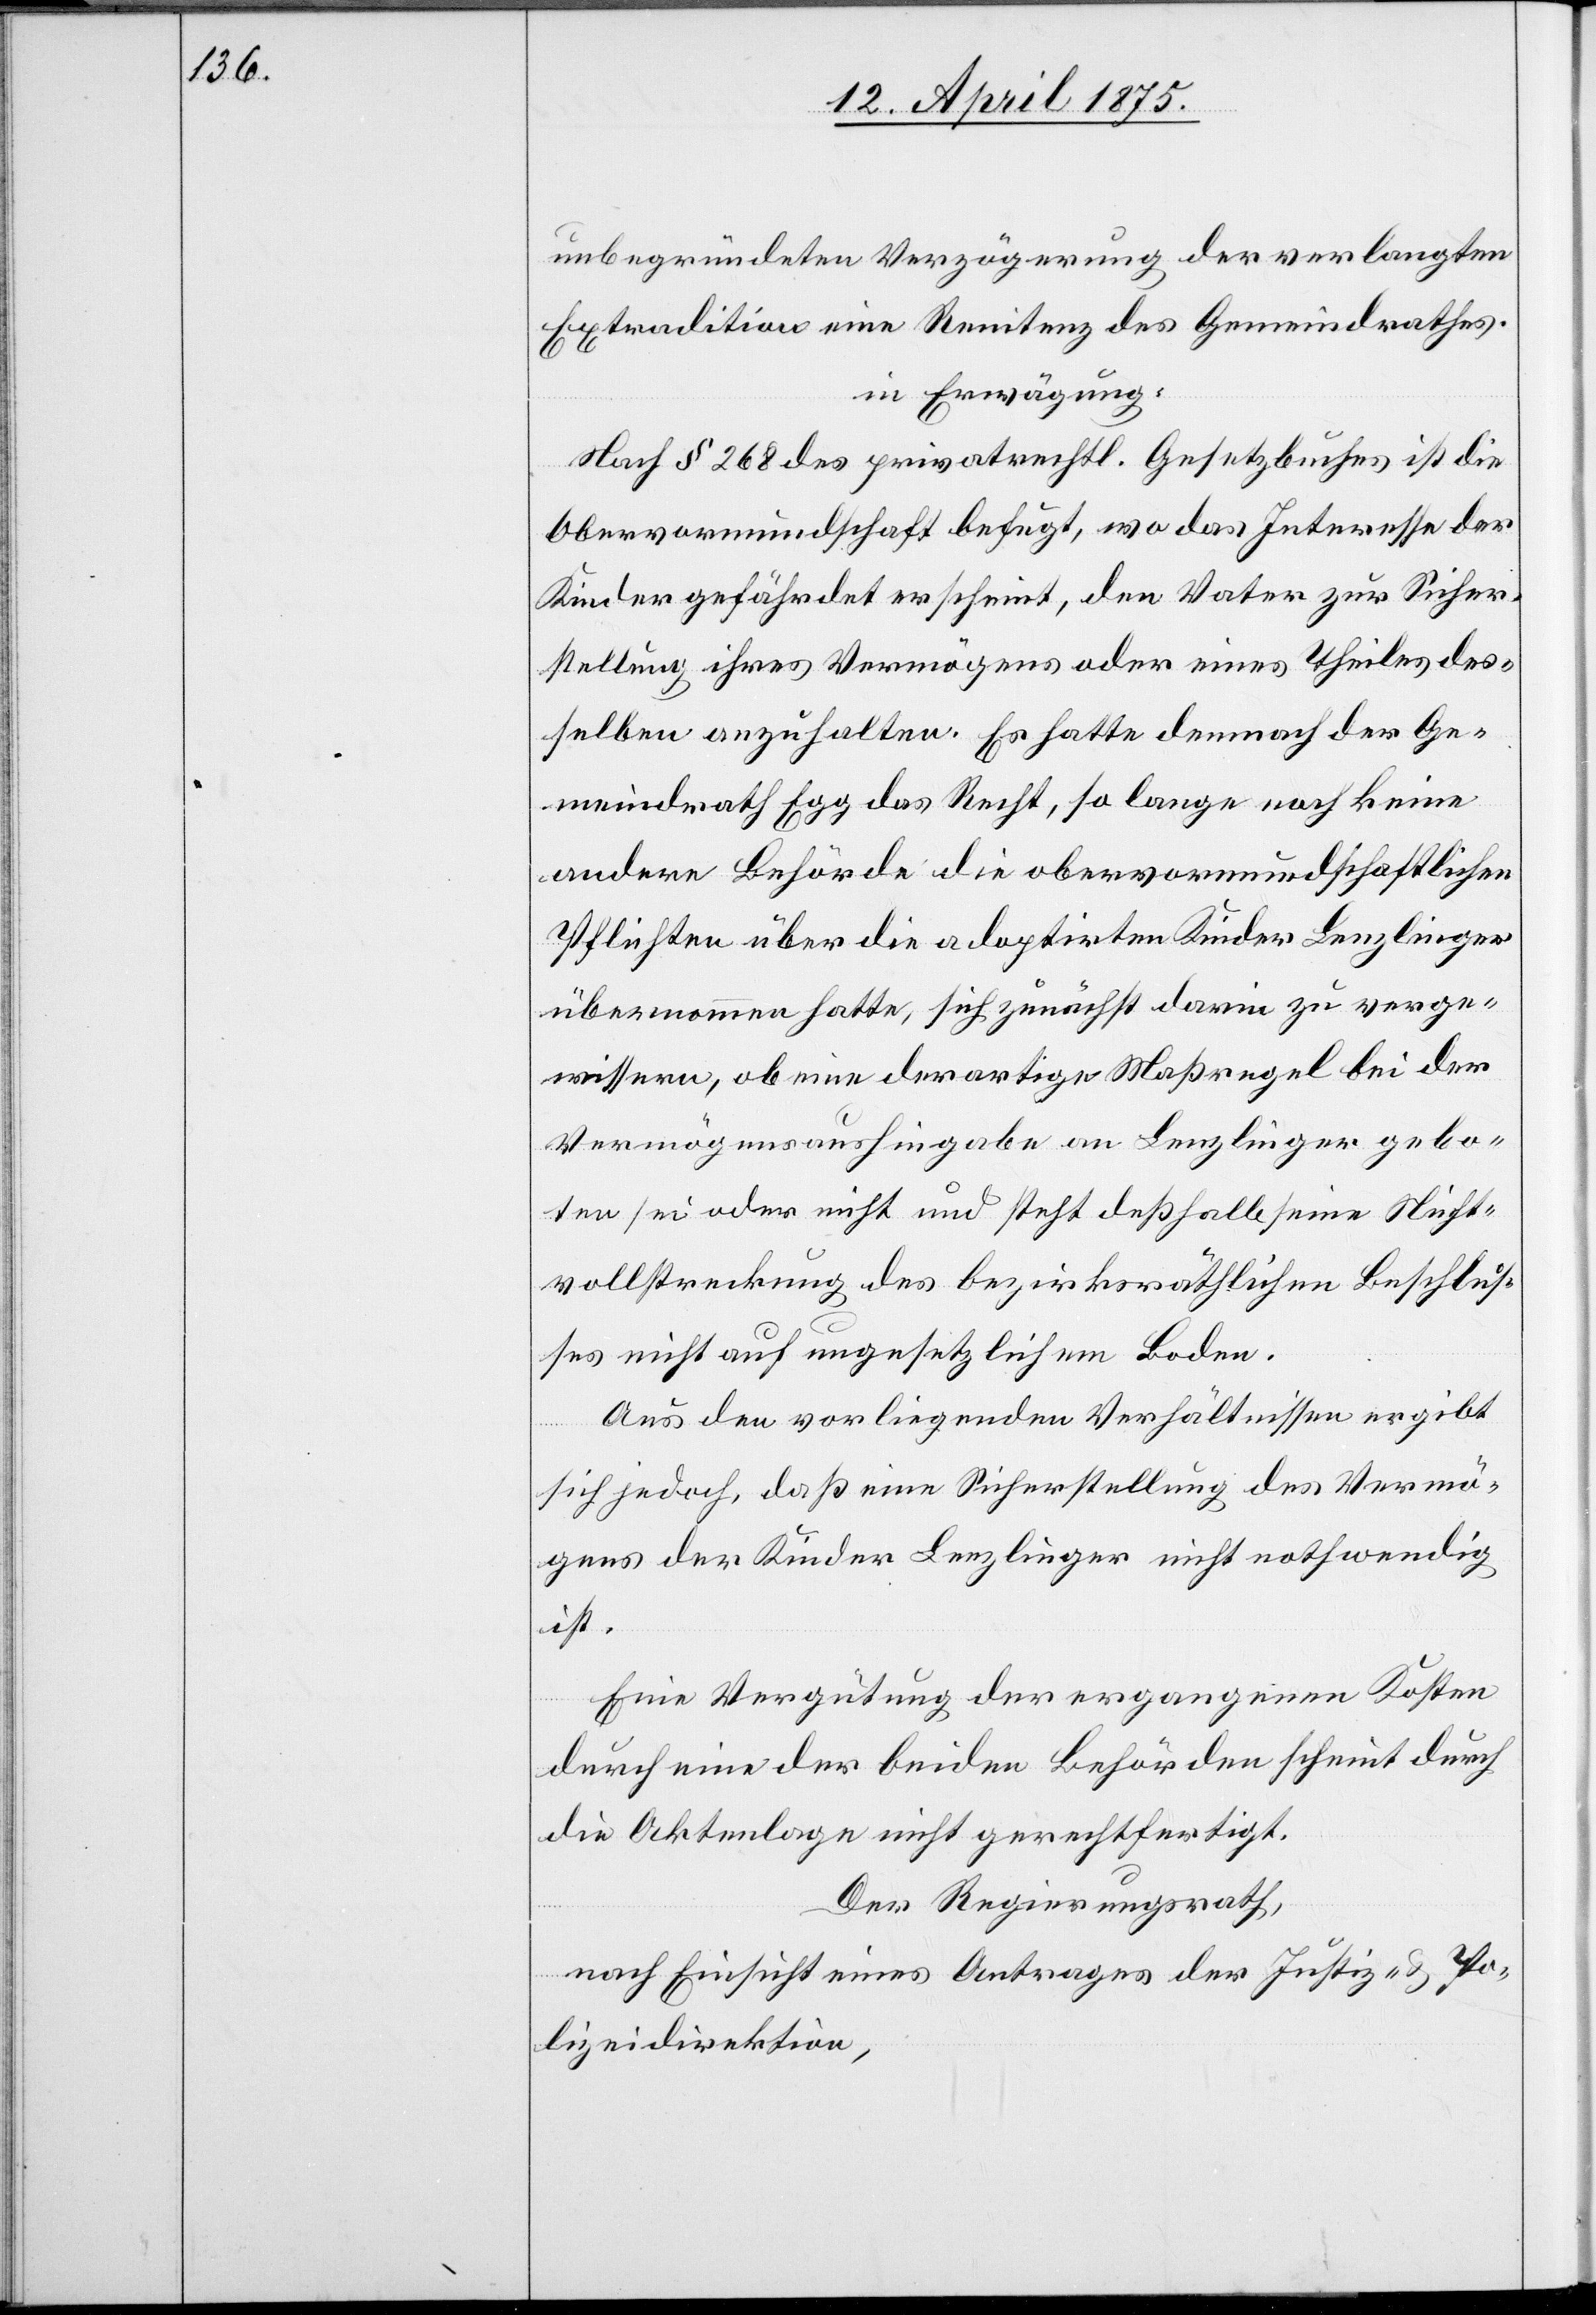
unbegründeten Verzögerung der verlangten
Extradition eine Renitenz des Gemeindrathes.
in Erwägung:
Nach § 268 des privatrechtl. Gesetzbuches ist die
Obervormundschaft befugt, wo das Interesse der
Kinder gefährdet erscheint, den Vater zur Sicher¬
stellung ihres Vermögens oder eines Theils des¬
selben anzuhalten. Es hatte demnach der Ge¬
meindrath Egg das Recht, so lange noch keine
andere Behörde die obervormundschaftlichen
Pflichten über die adoptirten Kinder Lenzlinger
übernommen hatte, sich zunächst darin zu verge¬
wissern, ob eine derartige Maßregel bei der
Vermögensaushingabe an Lenzlinger gebo¬
ten sei oder nicht und steht deßhalb seine Nicht¬
vollstreckung des bezirksräthlichen Beschlus¬
ses nicht auf ungesetzlichem Boden.
Aus den vorliegenden Verhältnissen ergibt
sich jedoch, daß eine Sicherstellung des Vermö¬
gens der Kinder Lenzlinger nicht nothwendig
ist.
Eine Vergütung der ergangenen Kosten
durch eine der beiden Behörden scheint durch
die Aktenlage nicht gerechtfertigt.
Der Regierungsrath,
nach Einsicht eines Antrages der Justiz- & Po¬
lizeidirektion,